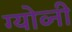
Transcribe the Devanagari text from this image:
ग्योव्नी